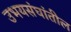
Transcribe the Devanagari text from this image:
उभयसंघांतील